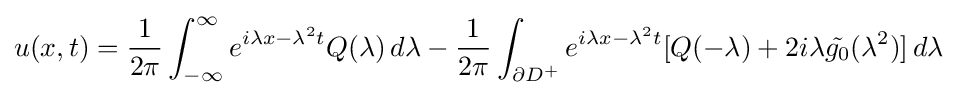
u(x,t)={\frac {1}{2\pi }}\int _{-\infty }^{\infty }e^{i\lambda x-\lambda ^{2}t}Q(\lambda )\,d\lambda -{\frac {1}{2\pi }}\int _{\partial D^{+}}e^{i\lambda x-\lambda ^{2}t}[Q(-\lambda )+2i\lambda {\tilde {g_{0}}}(\lambda ^{2})]\,d\lambda